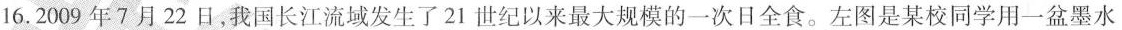
16.2009年7月22日，我国长江流域发生了21世纪以来最大规模的一次日全食。左图是某校同学用一盆墨水